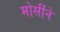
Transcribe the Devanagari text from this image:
मोर्सीने